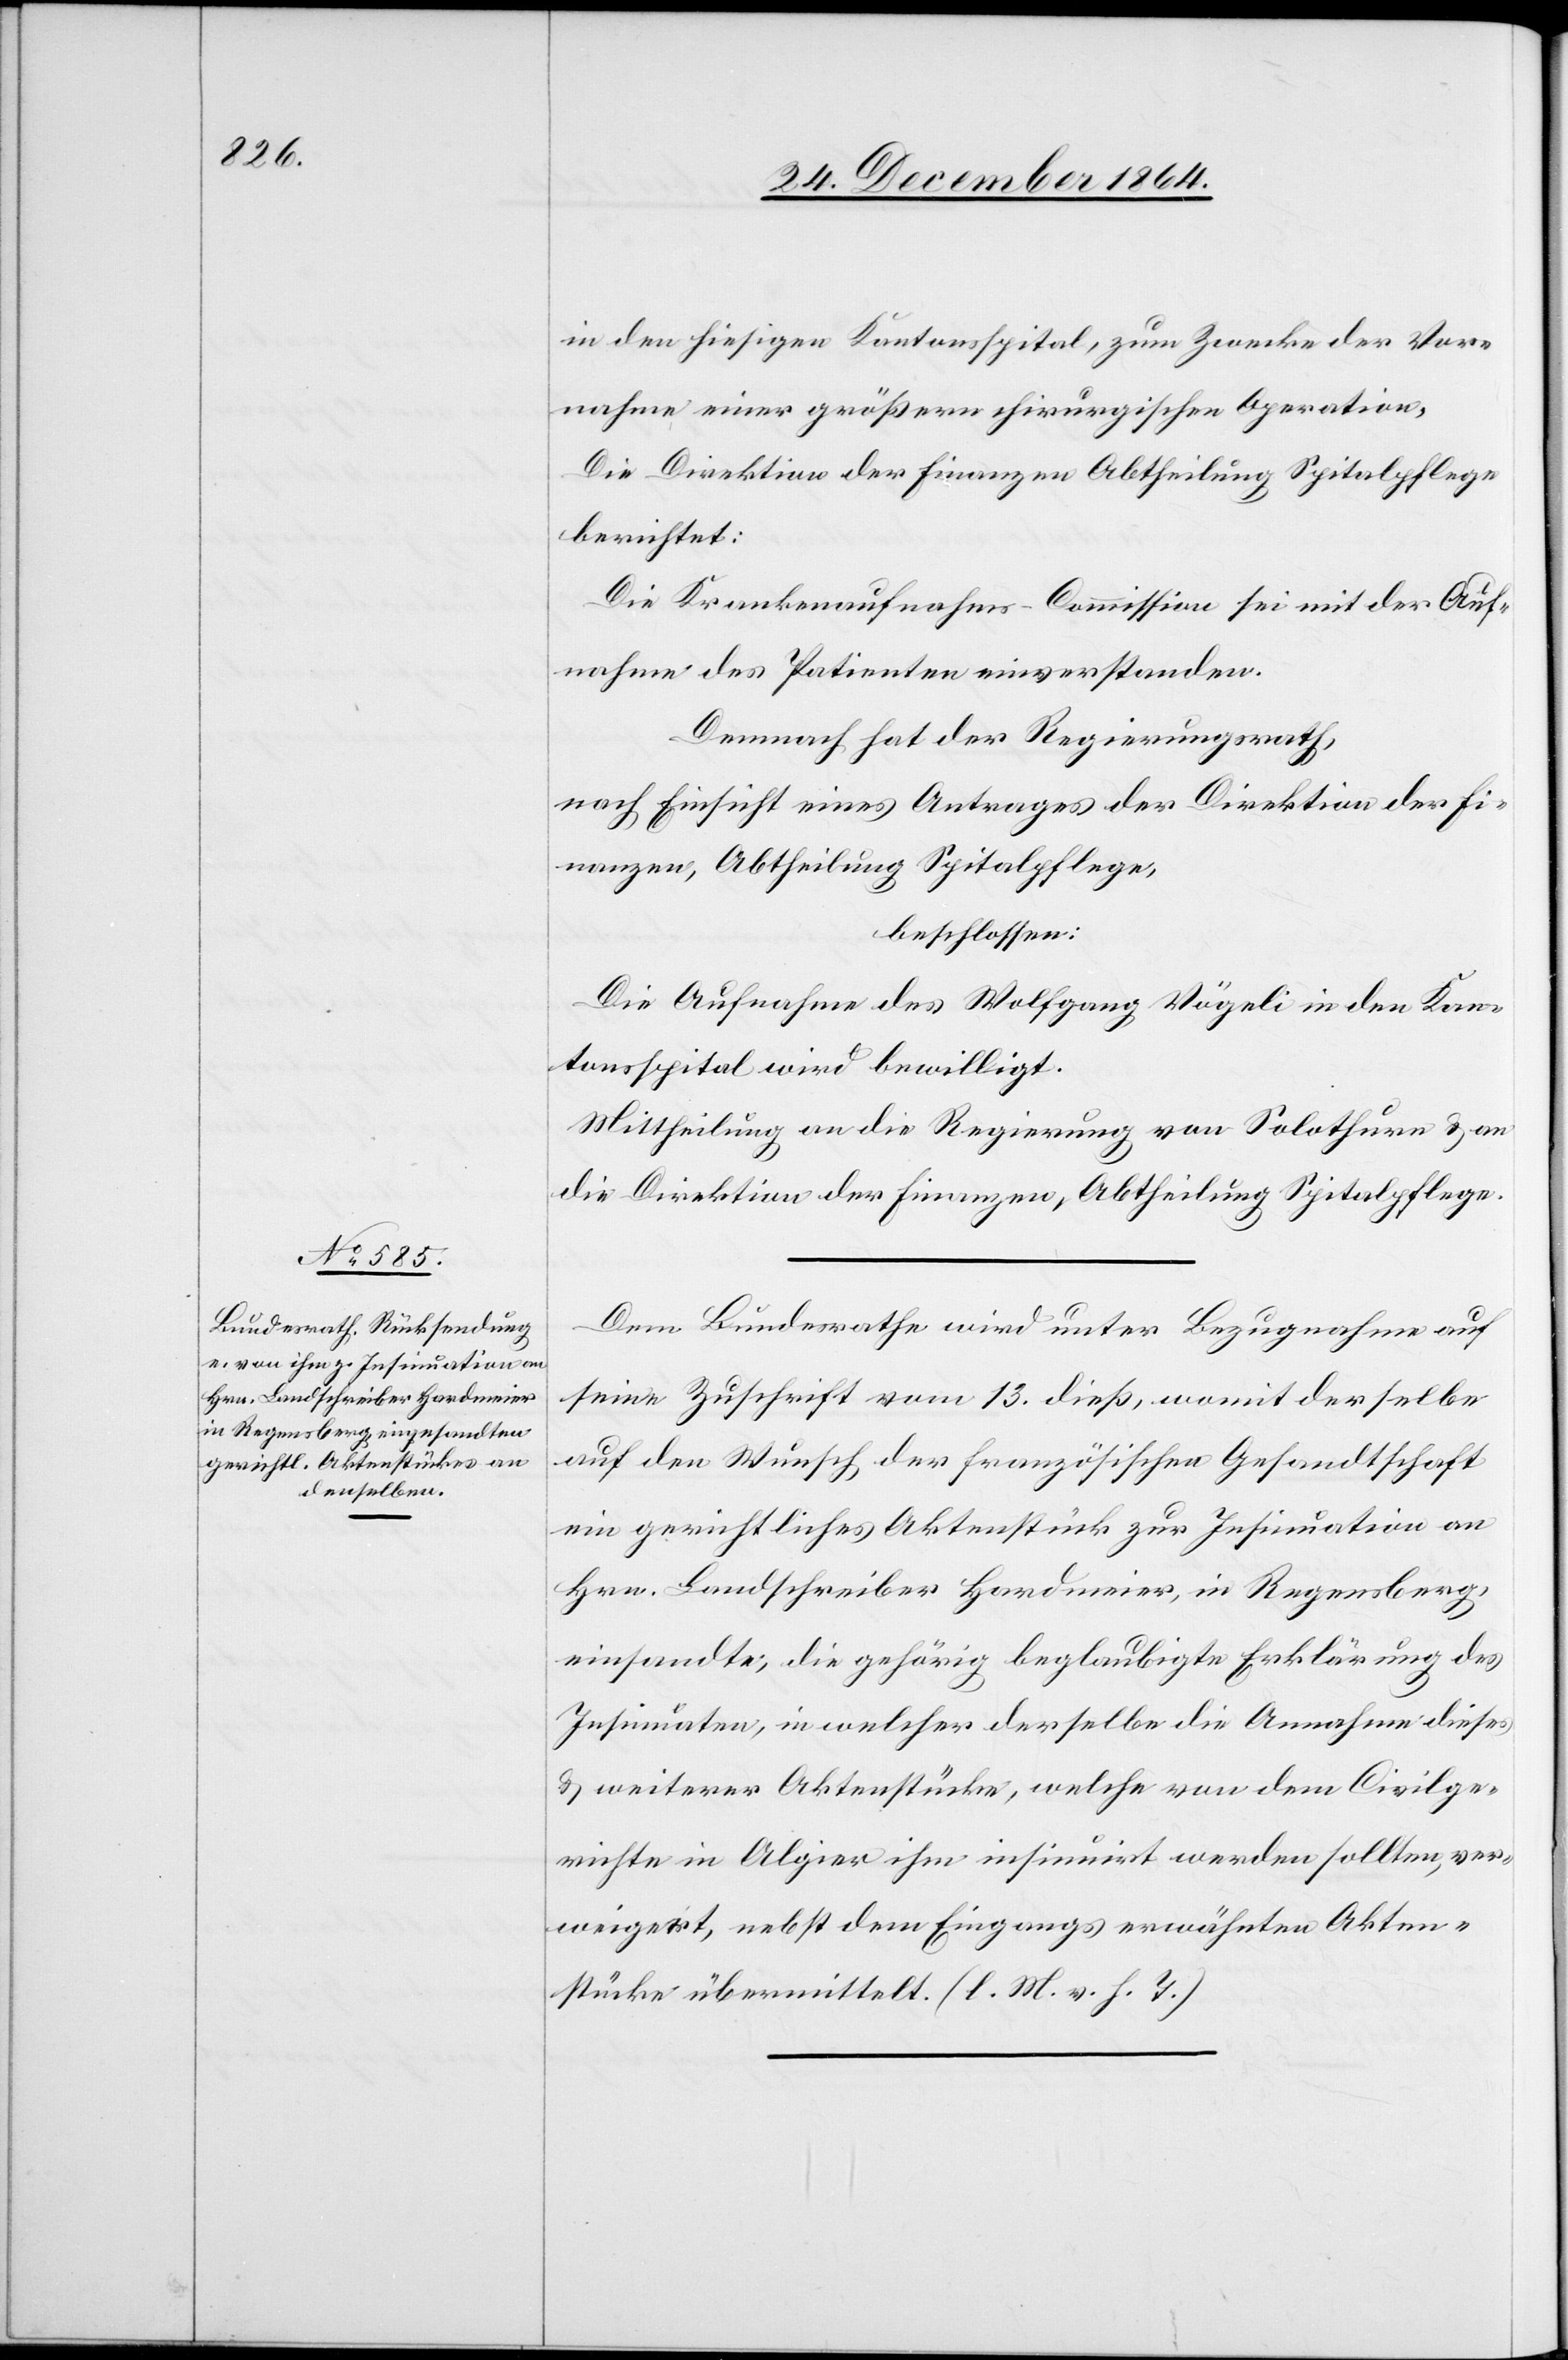
24. December 1864.]
in den hiesigen Kantonsspital, zum Zwecke der Vor¬
nahme einer größern chirurgischen Operation.
Die Direktion der Finanzen, Abtheilung Spitalpflege
berichtet:
Die Krankenaufnahms-Commission sei mit der Auf¬
nahme des Patienten einverstanden.
Demnach hat der Regierungsrath,
nach Einsicht eines Antrages der Direktion der Fi¬
nanzen, Abtheilung Spitalpflege,
beschlossen:
Die Aufnahme des Wolfgang Vögeli in den Kan¬
tonsspital wird bewilligt.
Mittheilung an die Regierung von Solothurn & an
die Direktion der Finanzen, Abtheilung Spitalpflege.
Dem Bundesrathe wird unter Bezugnahme auf
seine Zuschrift vom 13. dieß, womit derselbe
auf den Wunsch der französischen Gesandtschaft
ein gerichtliches Aktenstück zur Insinuation an
Hrn. Landschreiber Hardmeier, in Regensberg,
einsandte, die gehörig beglaubigte Erklärung des
Insinuaten, in welcher derselbe die Annahme dieses
& weiterer Aktenstücke, welche von dem Civilge¬
richte in Algier ihm insinuirt werden sollten, ver¬
weigert, nebst dem Eingangs erwähnten Akten¬
stücke übermittelt. (l. M. v. h. T.)